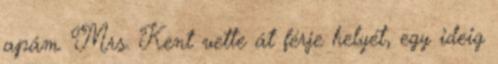
apám. Mrs. Kent vette át férje helyét, egy ideig